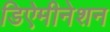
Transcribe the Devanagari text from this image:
डिऐमीनेशन